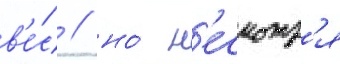
в'е́с / но́ н'есмотр'я